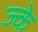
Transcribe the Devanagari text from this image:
ज्के